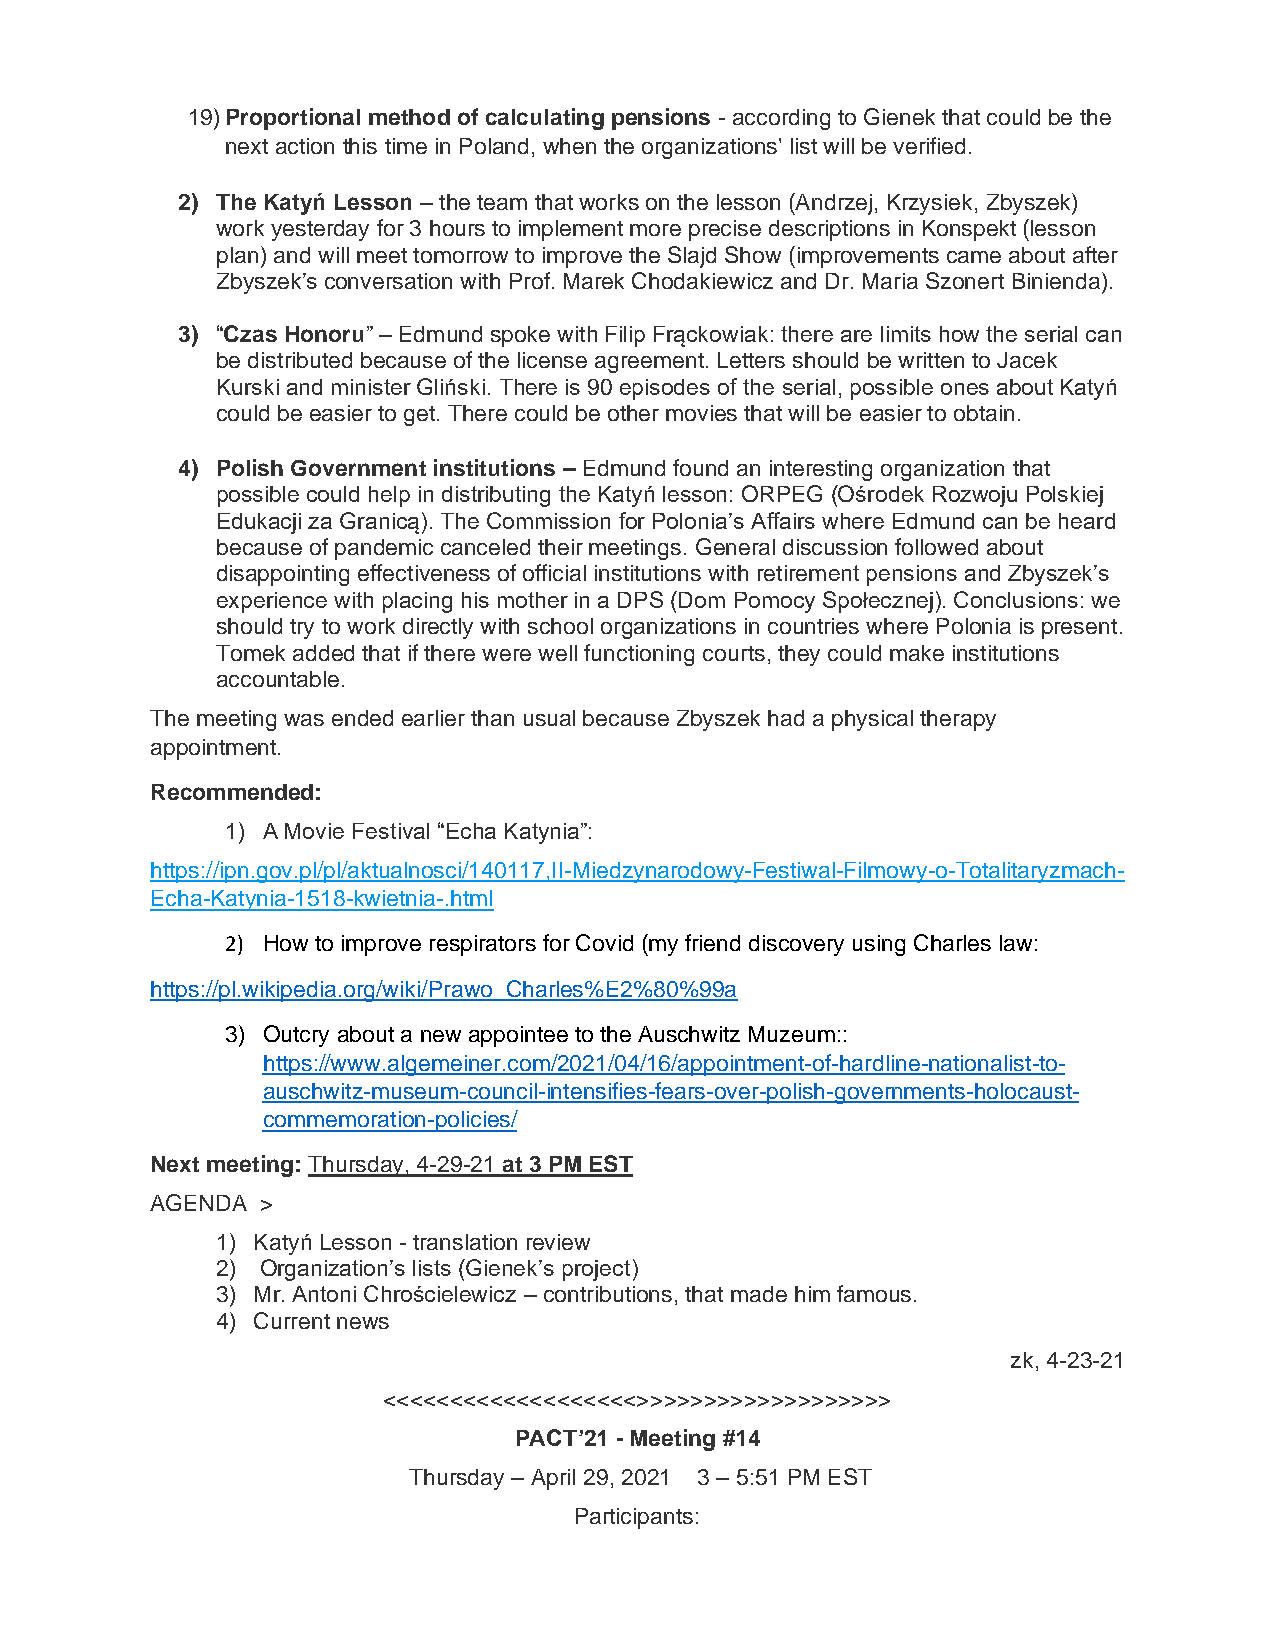
19) Proportional method of calculating pensions - according to Gienek that could be the
 next action this time in Poland, when the organizations' list will be verified.
 2) The Katyń Lesson – the team that works on the lesson (Andrzej, Krzysiek, Zbyszek)
 work yesterday for 3 hours to implement more precise descriptions in Konspekt (lesson
 plan) and will meet tomorrow to improve the Slajd Show (improvements came about after
 Zbyszek’s conversation with Prof. Marek Chodakiewicz and Dr. Maria Szonert Binienda).
 3) “Czas Honoru” – Edmund spoke with Filip Frąckowiak: there are limits how the serial can
 be distributed because of the license agreement. Letters should be written to Jacek
 Kurski and minister Gliński. There is 90 episodes of the serial, possible ones about Katyń
 could be easier to get. There could be other movies that will be easier to obtain.
 4) Polish Government institutions – Edmund found an interesting organization that
 possible could help in distributing the Katyń lesson: ORPEG (Ośrodek Rozwoju Polskiej
 Edukacji za Granicą). The Commission for Polonia’s Affairs where Edmund can be heard
 because of pandemic canceled their meetings. General discussion followed about
 disappointing effectiveness of official institutions with retirement pensions and Zbyszek’s
 experience with placing his mother in a DPS (Dom Pomocy Społecznej). Conclusions: we
 should try to work directly with school organizations in countries where Polonia is present.
 Tomek added that if there were well functioning courts, they could make institutions
 accountable.
 The meeting was ended earlier than usual because Zbyszek had a physical therapy
 appointment.
 Recommended:
 1) A Movie Festival “Echa Katynia”:
 https://ipn.gov.pl/pl/aktualnosci/140117,II-Miedzynarodowy-Festiwal-Filmowy-o-Totalitaryzmach-
 Echa-Katynia-1518-kwietnia-.html
 2) How to improve respirators for Covid (my friend discovery using Charles law:
 https://pl.wikipedia.org/wiki/Prawo_Charles%E2%80%99a
 3) Outcry about a new appointee to the Auschwitz Muzeum::
 https://www.algemeiner.com/2021/04/16/appointment-of-hardline-nationalist-to-
 auschwitz-museum-council-intensifies-fears-over-polish-governments-holocaust-
 commemoration-policies/
 Next meeting: Thursday, 4-29-21 at 3 PM EST
 AGENDA >
 1) Katyń Lesson - translation review
 2) Organization’s lists (Gienek’s project)
 3) Mr. Antoni Chrościelewicz – contributions, that made him famous.
 4) Current news
 zk, 4-23-21
 <<<<<<<<<<<<<<<<<<<>>>>>>>>>>>>>>>>>>>
 PACT’21 - Meeting #14
 Thursday – April 29, 2021 3 – 5:51 PM EST
 Participants: